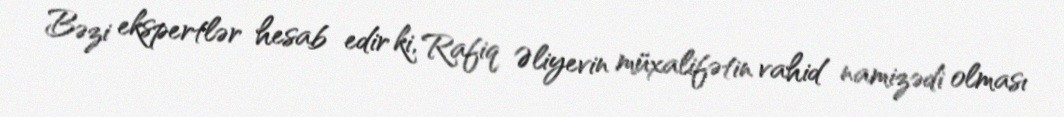
Bəzi ekspertlər hesab edir ki, Rafiq Əliyevin müxalifətin vahid namizədi olması